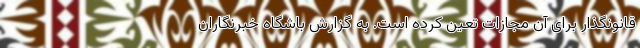
قانونگذار برای آن مجازات تعین کرده است. به گزارش باشگاه خبرنگاران